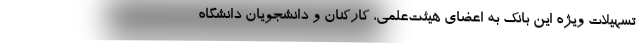
تسهیلات ویژه این بانک به اعضای هیئت‌علمی، کارکنان و دانشجویان دانشگاه